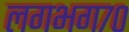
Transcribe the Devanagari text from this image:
लगभग७०